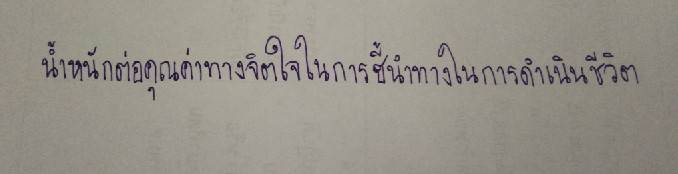
น้ำหนักต่อคุณค่าทางจิตใจในการชี้นำทางในการดำเนินชีวิต